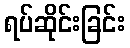
ရပ်ဆိုင်းခြင်း